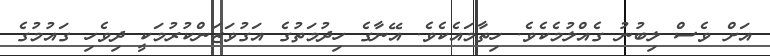
އަށް ވެސް ލިބުނު ގެއްލުމެކެވެ. ހިތާމައެކެވެ. އޭނާގެ ހިދުމަތުގެ އަގުވަޒަންކުރުމަކީ ދިވެހި ގައުމުގެ